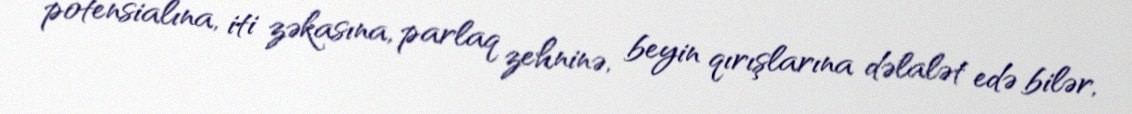
potensialına, iti zəkasına, parlaq zehninə, beyin qırışlarına dəlalət edə bilər,